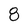
Character: 8